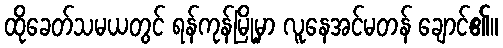
ထိုခေတ်သမယတွင် ရန်ကုန်မြို့မှာ လူနေအင်မတန် ချောင်၏။